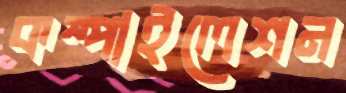
কম্পাইলেশন